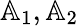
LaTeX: {\mathbb{A}}_{1},{\mathbb{A}}_{2}